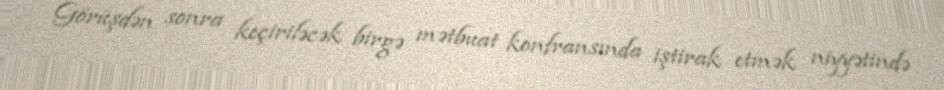
Görüşdən sonra keçiriləcək birgə mətbuat konfransında iştirak etmək niyyətində